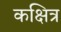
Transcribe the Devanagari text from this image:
कक्षित्र